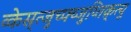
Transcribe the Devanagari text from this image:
व्केस्र्त्जुच्फ्य्जुय्तिक्र्त्यु